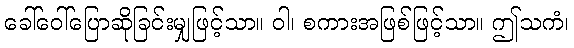
ခေါ်ဝေါ်ပြောဆိုခြင်းမျှဖြင့်သာ။ ဝါ၊ စကားအဖြစ်ဖြင့်သာ။ ဤသကံ၊